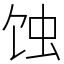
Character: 蚀